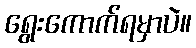
ရွေးကောက်ရမှာပဲ။